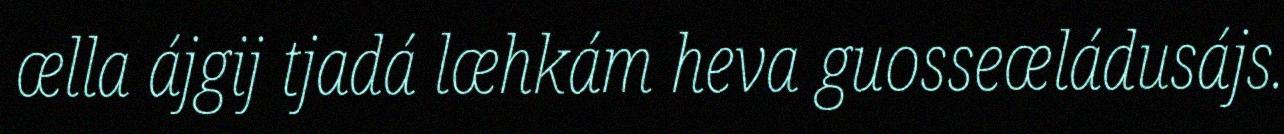
ælla ájgij tjadá læhkám heva guosseæládusájs.